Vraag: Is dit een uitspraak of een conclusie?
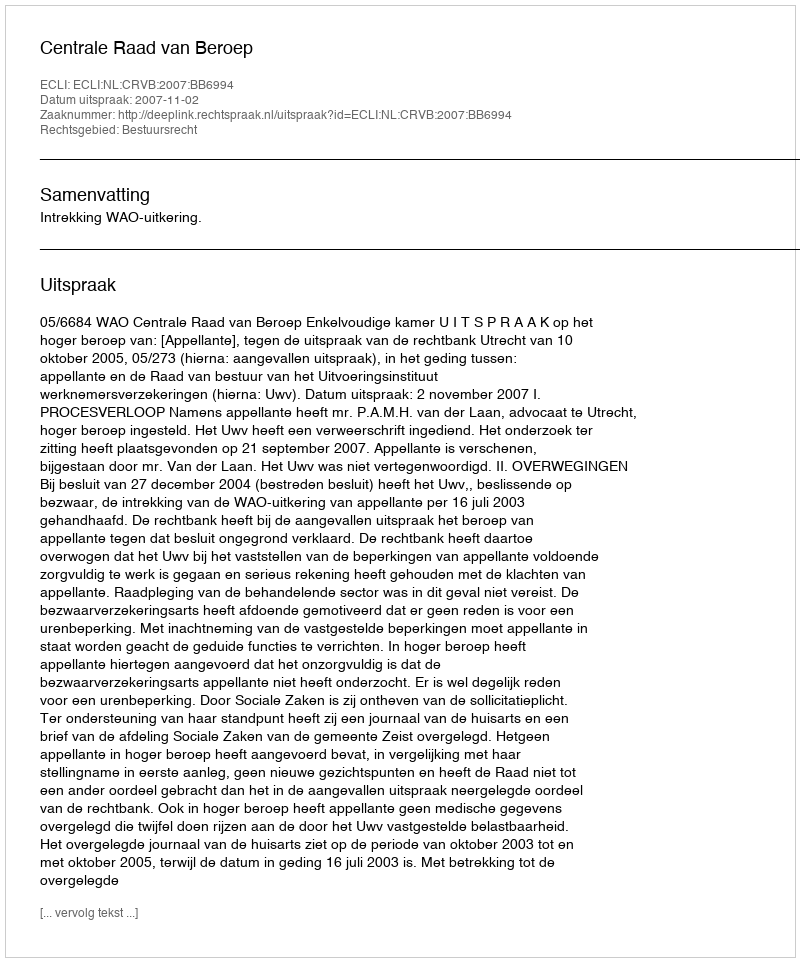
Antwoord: Uitspraak